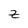
Character: Z